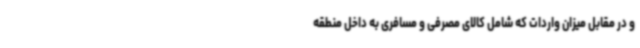
و در مقابل میزان واردات که شامل کالای مصرفی و مسافری به داخل منطقه